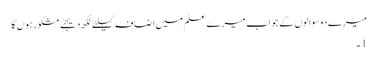
میرے دو سوالوں کے جواب میرے علم میں اضافہ کیلئے لکھ دیجئے مشکور ہوں گا
1 ۔